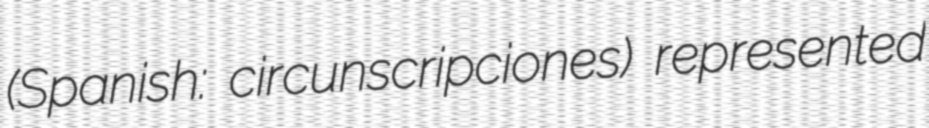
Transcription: (Spanish: circunscripciones) represented